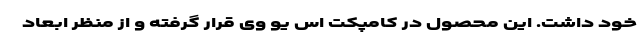
خود داشت. این محصول در کامپکت اس یو وی قرار گرفته و از منظر ابعاد